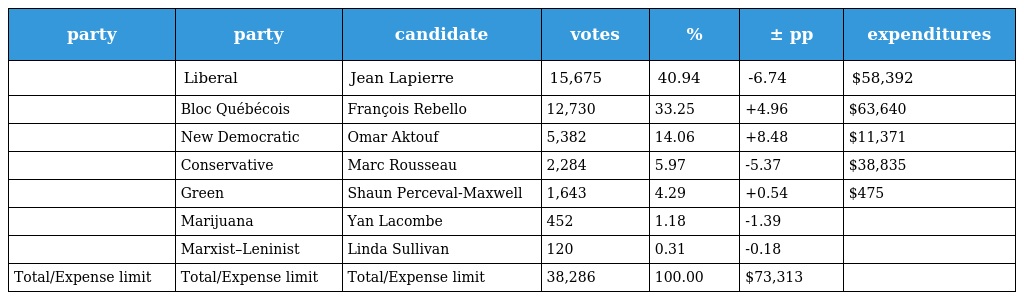
| party | party | candidate | votes | % | ± pp | expenditures |
 | --- | --- | --- | --- | --- | --- | --- |
 |  | Liberal | Jean Lapierre | 15,675 | 40.94 | -6.74 | $58,392 |
 |  | Bloc Québécois | François Rebello | 12,730 | 33.25 | +4.96 | $63,640 |
 |  | New Democratic | Omar Aktouf | 5,382 | 14.06 | +8.48 | $11,371 |
 |  | Conservative | Marc Rousseau | 2,284 | 5.97 | -5.37 | $38,835 |
 |  | Green | Shaun Perceval-Maxwell | 1,643 | 4.29 | +0.54 | $475 |
 |  | Marijuana | Yan Lacombe | 452 | 1.18 | -1.39 |  |
 |  | Marxist–Leninist | Linda Sullivan | 120 | 0.31 | -0.18 |  |
 | Total/Expense limit | Total/Expense limit | Total/Expense limit | 38,286 | 100.00 | $73,313 |  |